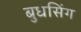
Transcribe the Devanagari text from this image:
बुधसिंग